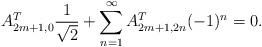
LaTeX: \begin{align*}A_{2m+1,0}^T{1\over\sqrt2}+\sum_{n=1}^\infty A_{2m+1,2n}^T (-1)^n=0.\end{align*}